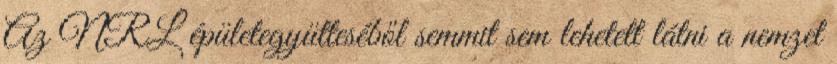
Az NRL épületegyütteséből semmit sem lehetett látni a nemzet